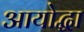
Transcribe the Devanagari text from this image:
आयोद्धा